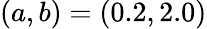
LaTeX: (a,b)=(0.2,2.0)